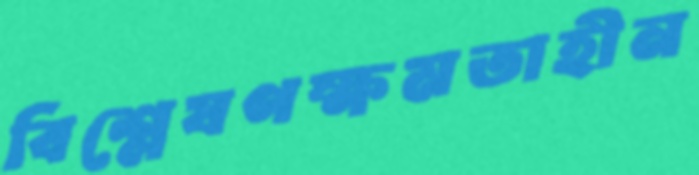
বিশ্লেষণক্ষমতাহীন